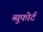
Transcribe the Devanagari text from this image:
ब्युफोर्ट